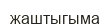
жаштыгыма